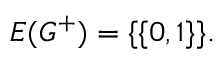
E ( G ^ { + } ) = \{ \{ 0 , 1 \} \} .